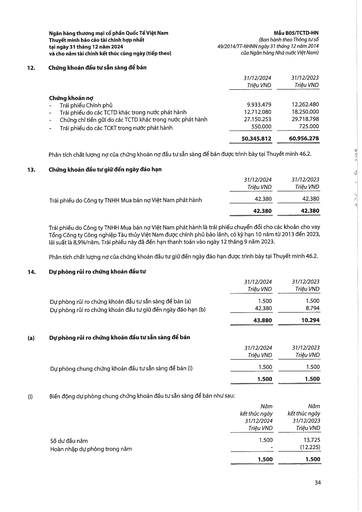
||31/12/2024 Triệu VND|31/12/2023 Triệu VND| |---|---|---| |Chứng khoán nợ||| |Trái phiếu Chính phủ|9.933.479|12.262.480| |Trái phiếu do các TCTD khác trong nước phát hành|12.712.080|18.250.000| |Chứng chỉ tiền gửi do các TCTD khác trong nước phát hành|27.150.253|29.718.798| |Trái phiếu do các TCKT trong nước phát hành|550.000|725.000| ||50.345.812|60.956.278| ||31/12/2024 Triệu VND|31/12/2023 Triệu VND| |---|---|---| |Trái phiếu do Công ty TNHH Mua bán nợ Việt Nam phát hành|42.380|42.380| ||42.380|42.380| ||31/12/2024 Triệu VND|31/12/2023 Triệu VND| |---|---|---| |Dự phòng rủi ro chứng khoán đầu tư sẵn sàng để bán (a)|1.500|1.500| |Dự phòng rủi ro chứng khoán đầu tư giữ đến ngày đáo hạn (b)|42.380|8.794| ||43.880|10.294| ||31/12/2024 Triệu VND|31/12/2023 Triệu VND| |---|---|---| |Dự phòng chung chứng khoán đầu tư sẵn sàng để bán (i)|1.500|1.500| ||1.500|1.500| ||Năm kết thúc ngày 31/12/2024 Triệu VND|Năm kết thúc ngày 31/12/2023 Triệu VND| |---|---|---| |Số dư đầu năm|1.500|13.725| |Hoàn nhập dự phòng trong năm||(12.225)| ||1.500|1.500|